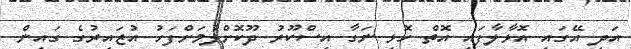
އަދި އޭގައި އޮޅާލާފައި އޮތް ހޮޅި ނަގާ އިސްކޫރު ދޫކޮށްލުމަށްފަހު އުޒައިރުގެ ގައިން